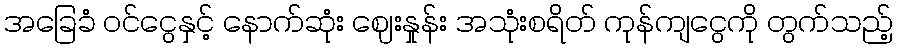
အခြေခံ ဝင်ငွေနှင့် နောက်ဆုံး ဈေးနှုန်း အသုံးစရိတ် ကုန်ကျငွေကို တွက်သည့်